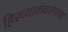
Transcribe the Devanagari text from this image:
हिरव्याकंचरंगाचा